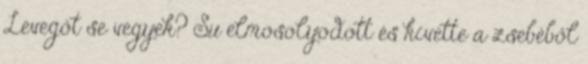
Levegőt se vegyek? Su elmosolyodott és kivette a zsebéből